Civil Veterinary Department Bihar & Orissa reports 1911-21 - 1911-1921
Year: 1911
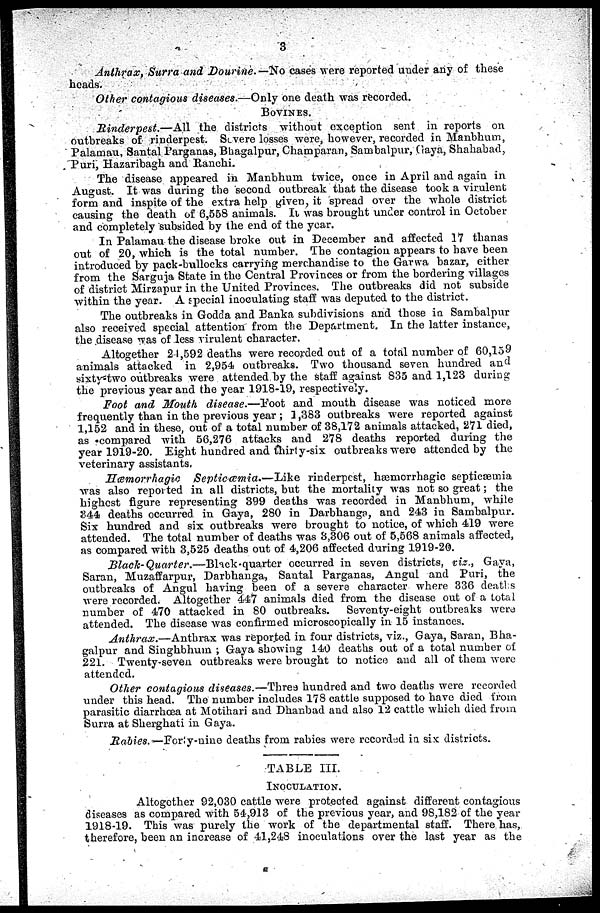
3
Anthrax, Surra and Dourine.—No
cases were reported under any of these
heads.
Other contagious diseases.—Only one death was recorded.
BOVINES.
Rinderpest.—All
the districts without exception sent in reports on
outbreaks of rinderpest. Severe losses were, however, recorded in Manbhum,
Palamau, Santal Parganas, Bhagalpur, Champaran, Sambalpur, Gaya, Shahabad,
Puri, Hazaribagh and Ranchi.
The disease appeared in Manbhum twice, once in April and again in
August. It was during the second outbreak that the disease took a virulent
form and inspite of the extra help given, it spread over the whole district
causing the death of 6,568 animals. It was brought under control in October
and completely subsided by the end of the year.
In Palamau the disease broke out in December and affected 17 thanas
out of 20, which is the total number. The contagion appears to have been
introduced by pack-bullocks carrying merchandise to the Garwa bazar, either
from the Sarguja State in the Central Provinces or from the bordering villages
of district Mirzapur in the United Provinces. The outbreaks did not subside
within the year. A special inoculating staff was deputed to the district.
The outbreaks in Godda and Banka subdivisions and those in Sambalpur
also received special attention from the Department. In the latter instance,
the disease was of less virulent character.
Altogether 2 1,592 deaths were recorded out of a total number of 60,159
animals attacked in 2,954 outbreaks. Two thousand seven hundred and
sixty two outbreaks were attended by the staff against 835 and 1,123 during
the previous year and the year 1918-19, respectively.
Foot and Mouth disease.—Foot
and mouth disease was noticed more
frequently than in the previous year ; 1,383 outbreaks were reported against
1,152 and in these, out of a total number of 38,172 animals attacked, 271 died,
as compared with 56,276 attacks and 278 deaths reported during the
year 1919-20. Eight hundred and thirty-six outbreaks were attended by the
veterinary assistants.
Hæmorrhagic
Septicæmia.—Like
rinderpest, hæmorrhagic septicæmia
was also reported in all districts, but the mortality was not so great; the
highest figure representing 399 deaths was recorded in Manbhum, while
344 deaths occurred in Gaya, 280 in Darbhanga, and 243 in Sambalpur.
Six hundred and six outbreaks were brought to notice, of which 419 were
attended. The total number of deaths was 3,306 out of 5,568 animals affected,
as compared with 3,525 deaths out of 4,206 affected during 1919-20.
Black-Quarter.—Black-quarter
occurred in seven districts, viz., Gaya,
Saran, Muzaffarpur, Darbhanga, Santal Parganas, Angul and Puri, the
outbreaks of Angul having been of a severe character where 336 deaths
were recorded. Altogether 447 animals died from the disease out of a total
number of 470 attacked in 80 outbreaks.
Seventy-eight outbreaks were
attended. The disease was confirmed microscopically in 15 instances.
Anthrax.—Anthrax
was reported in four districts, viz., Gaya, Saran, Bha-
galpur and Singhbhum ; Gaya showing 140 deaths out of a total number of
221. Twenty-seven outbreaks were brought to notice and all of them were
attended.
Other contagious diseases.—Thres hundred and two deaths were recorded
under this head. The number includes 178 cattle supposed to have died from
parasitic diarrhoea at Motihari and Dhanbad and also 12 cattle which died from
Surra at Sherghati in Gaya.
Rabies— Forty-nine deaths from rabies were recorded in six districts.
TABLE III.
INOCULATION.
Altogether 92,030 cattle were protected against different contagious
diseases as compared with 54,913 of the previous year, and 9S,182 of the year
1918-19. This was purely the work of the departmental staff. There has,
therefore, been an increase of 41,248 inoculations over the last year as the